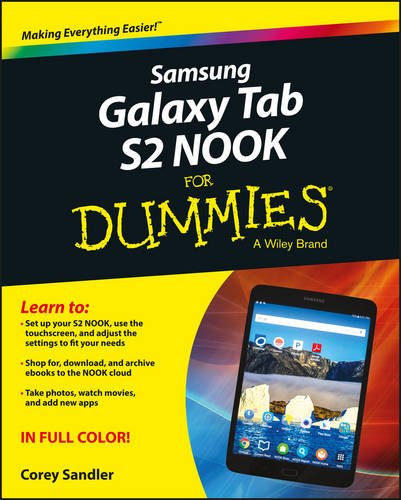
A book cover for Samsung Galaxy Tab S2 NOOK For Dummies (For Dummies (Computer/Tech)); Corey Sandler; Computers & Technology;